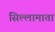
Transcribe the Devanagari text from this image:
सिल्लामाता